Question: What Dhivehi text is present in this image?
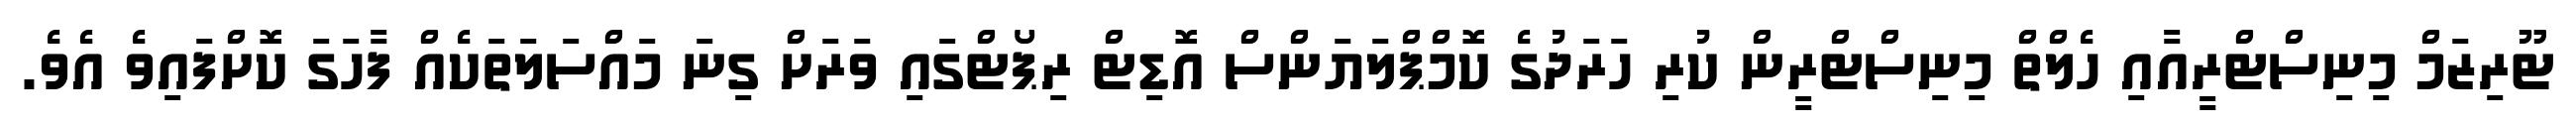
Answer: ޓޫރިޒަމް މިނިސްޓްރީއާއި ހެލްތް މިނިސްޓްރީން ކުރި ހަރަދުގެ ކޮމްޕްލަޔަންސް އޮޑިޓް ރިޕޯޓްގައި ވަރަށް ގިނަ މައްސަލަތަކެއް ފާހަގަ ކޮށްފައިވެ އެވެ.